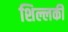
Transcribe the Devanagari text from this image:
शिल्लकी